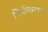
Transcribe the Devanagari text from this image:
निधीकरणमें